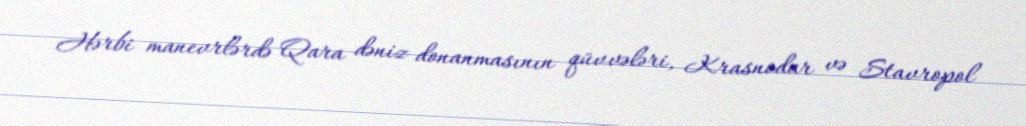
Hərbi manevrlərdə Qara dəniz donanmasının qüvvələri, Krasnodar və Stavropol